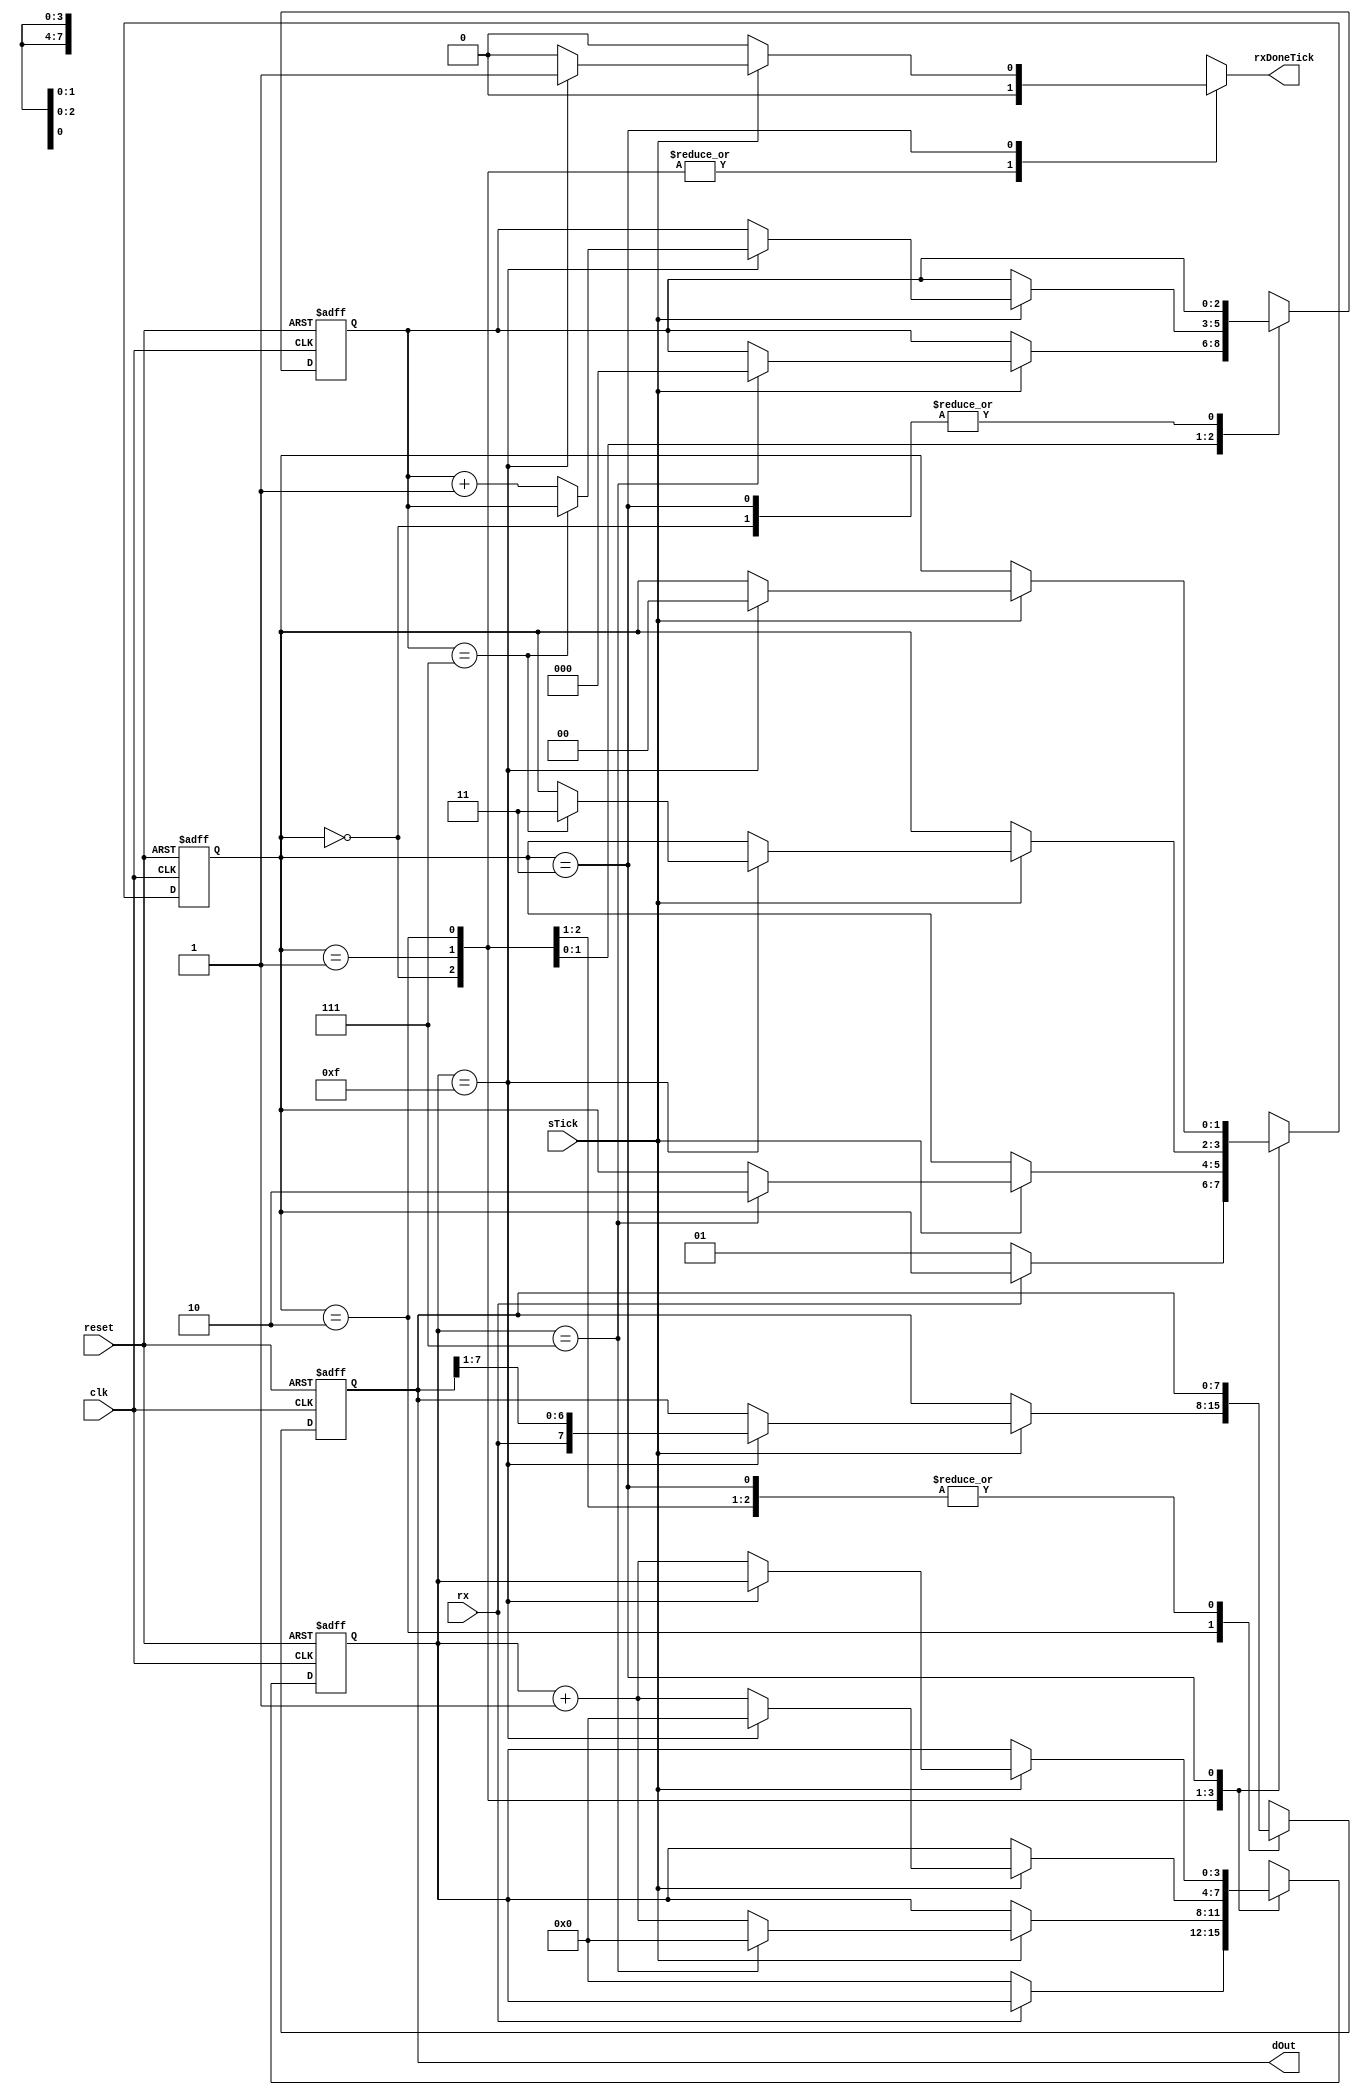
////////////////////////////////////////////////////////////////////////////////////////////////
////                                                              							////
////                                                              							////
////  	This file is part of the project                 									////
////	"instruction_list_pipelined_processor_with_peripherals"								////
////                                                              							////
////  http://opencores.org/project,instruction_list_pipelined_processor_with_peripherals	////
////                                                              							////
////                                                              							////
//// 				 Author:                                                  				////
////      			- Mahesh Sukhdeo Palve													////
////																						////
////////////////////////////////////////////////////////////////////////////////////////////////
////////////////////////////////////////////////////////////////////////////////////////////////
////																						////
//// 											                 							////
////                                                              							////
//// 					This source file may be used and distributed without         		////
//// 					restriction provided that this copyright statement is not    		////
//// 					removed from the file and that any derivative work contains  		////
//// 					the original copyright notice and the associated disclaimer. 		////
////                                                              							////
//// 					This source file is free software; you can redistribute it   		////
//// 					and/or modify it under the terms of the GNU Lesser General   		////
//// 					Public License as published by the Free Software Foundation; 		////
////					either version 2.1 of the License, or (at your option) any   		////
//// 					later version.                                               		////
////                                                             							////
//// 					This source is distributed in the hope that it will be       		////
//// 					useful, but WITHOUT ANY WARRANTY; without even the implied   		////
//// 					warranty of MERCHANTABILITY or FITNESS FOR A PARTICULAR      		////
//// 					PURPOSE.  See the GNU Lesser General Public License for more 		////
//// 					details.                                                     		////
////                                                              							////
//// 					You should have received a copy of the GNU Lesser General    		////
//// 					Public License along with this source; if not, download it   		////
//// 					from http://www.opencores.org/lgpl.shtml                     		////
////                                                              							////
////////////////////////////////////////////////////////////////////////////////////////////////

`timescale 1ns / 1ps////////////////////////////////////////////////////////////////////////////////////////////////
////                                                              							////
////                                                              							////
////  	This file is part of the project                 									////
////	"instruction_list_pipelined_processor_with_peripherals"								////
////                                                              							////
////  http://opencores.org/project,instruction_list_pipelined_processor_with_peripherals	////
////                                                              							////
////                                                              							////
//// 				 Author:                                                  				////
////      			- Mahesh Sukhdeo Palve													////
////																						////
////////////////////////////////////////////////////////////////////////////////////////////////
////////////////////////////////////////////////////////////////////////////////////////////////
////																						////
//// 											                 							////
////                                                              							////
//// 					This source file may be used and distributed without         		////
//// 					restriction provided that this copyright statement is not    		////
//// 					removed from the file and that any derivative work contains  		////
//// 					the original copyright notice and the associated disclaimer. 		////
////                                                              							////
//// 					This source file is free software; you can redistribute it   		////
//// 					and/or modify it under the terms of the GNU Lesser General   		////
//// 					Public License as published by the Free Software Foundation; 		////
////					either version 2.1 of the License, or (at your option) any   		////
//// 					later version.                                               		////
////                                                             							////
//// 					This source is distributed in the hope that it will be       		////
//// 					useful, but WITHOUT ANY WARRANTY; without even the implied   		////
//// 					warranty of MERCHANTABILITY or FITNESS FOR A PARTICULAR      		////
//// 					PURPOSE.  See the GNU Lesser General Public License for more 		////
//// 					details.                                                     		////
////                                                              							////
//// 					You should have received a copy of the GNU Lesser General    		////
//// 					Public License along with this source; if not, download it   		////
//// 					from http://www.opencores.org/lgpl.shtml                     		////
////                                                              							////
////////////////////////////////////////////////////////////////////////////////////////////////

// 8-bit Pipelined Processor defines



// program counter & instruction register






// control unit


























//`define		SPIxFER				`instOpCodeLen'b11001
//`define		SPIstat				`instOpCodeLen'b11010
//`define		SPIwBUF				`instOpCodeLen'b11011
//`define		SPIrBUF				`instOpCodeLen'b11100

// alu opcodes















// bit RAM



// byte RAM




// input register



// output register



// accumulator multiplexer








// operand2 multiplexer









//-----------------------------------------------------------------------------------------------------

// peripheral defines




//-----------------------------------------------------------------------------------------------------

// Timer-Counter














//-----------------------------------------------------------------------------------------------------

// UART








module uartRec(clk, reset, sTick, rx, rxDoneTick, dOut);

		parameter dataBits = 8;
		parameter sbTick = 16;
		
		input clk, reset, sTick, rx;
		output rxDoneTick;
		output [dataBits-1:0] dOut;
		
		reg rxDoneTick;
		// states:
		
	localparam idle = 2'b00, start = 2'b01, data = 2'b10, stop = 2'b11;
	
		reg [1:0] stateReg, stateNext;	// current and next states
		reg [3:0] sReg, sNext;		//	counter
		reg [2:0] nReg, nNext;		// counter
		reg [7:0] bReg, bNext;		// data recieved in this..
		
		
		always @ (posedge clk or posedge reset)
		begin
			if (reset)
			begin
				stateReg <= idle;
				sReg <= 1'b0;
				bReg <= 1'b0;
				nReg <= 1'b0;
			end	// end if
			
			else
			begin
				stateReg <= stateNext;
				sReg <= sNext;
				bReg <= bNext;
				nReg <= nNext;
			end	// end else
		
		end	// end always
		
		
		
		// FSM next state logic:
		
		always @ *
		begin
		
				stateNext = stateReg;
				sNext = sReg;
				bNext = bReg;
				nNext = nReg;
				rxDoneTick = 1'b0;
				
			case (stateReg)
			
			idle	:	if (~rx)
						begin
							stateNext = start;	// start when rx is activated
							sNext = 0;	// initialize sampling counter
						end	// end if rx
						
			start	:	if (sTick)
							if (sReg == 7)
							begin
								stateNext = data;		// at middle of oversampled start
													// bit, go to data state
								sNext = 0;
								nNext = 0;
							end	// end if sReg==7
							
							else
								sNext = sReg + 1;	// otherwise keep increment sReg upto 7
			
			data	:	if (sTick)
							if (sReg == 15)	// if reached middle of next bit
							begin
								sNext = 0;	// reset counter
								bNext = {rx, bReg[7:1]};	// LSB first, and the
														//data recieved in bReg
								if (nReg == (dataBits-1))	// if all data recvd,
									stateNext = stop;	// go to stop bit(s) state
								else
									nNext = nReg + 1;
							end	// end if sReg==15
							
							else
								sNext = sReg + 1;	// otherwise keep increment sReg upto 15
							
			stop	:	if (sTick)
							if (sReg == (sbTick-1))
							begin
								stateNext = idle;		// done reception, go to idle state
								rxDoneTick = 1'b1;	// raise done tick!
							end	// end if sReg==sbTick-1
							
							else
								sNext = sReg + 1;		// otherwise keep increment sReg 
															//upto (sbTick-1)
			endcase
		
		end	// end always combinatorial
		
		
		// recvd data output
		
		assign dOut = bReg;


endmodule